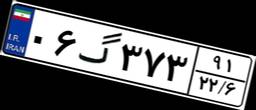
۰۶گ۳۷۳۹۱